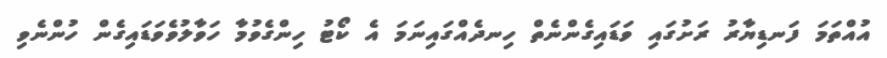
އުއްތަމަ ފަނޑިޔާރު ރަށުގައި ވަޑައިގެންނެތް ހިނދެއްގައިނަމަ އެ ކޯޓު ހިންގެވުމާ ހަވާލުވެވަޑައިގެން ހުންނެވި